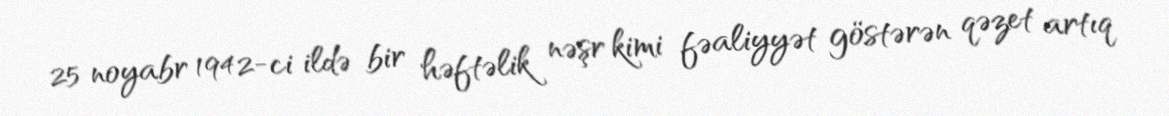
25 noyabr 1942-ci ildə bir həftəlik nəşr kimi fəaliyyət göstərən qəzet artıq